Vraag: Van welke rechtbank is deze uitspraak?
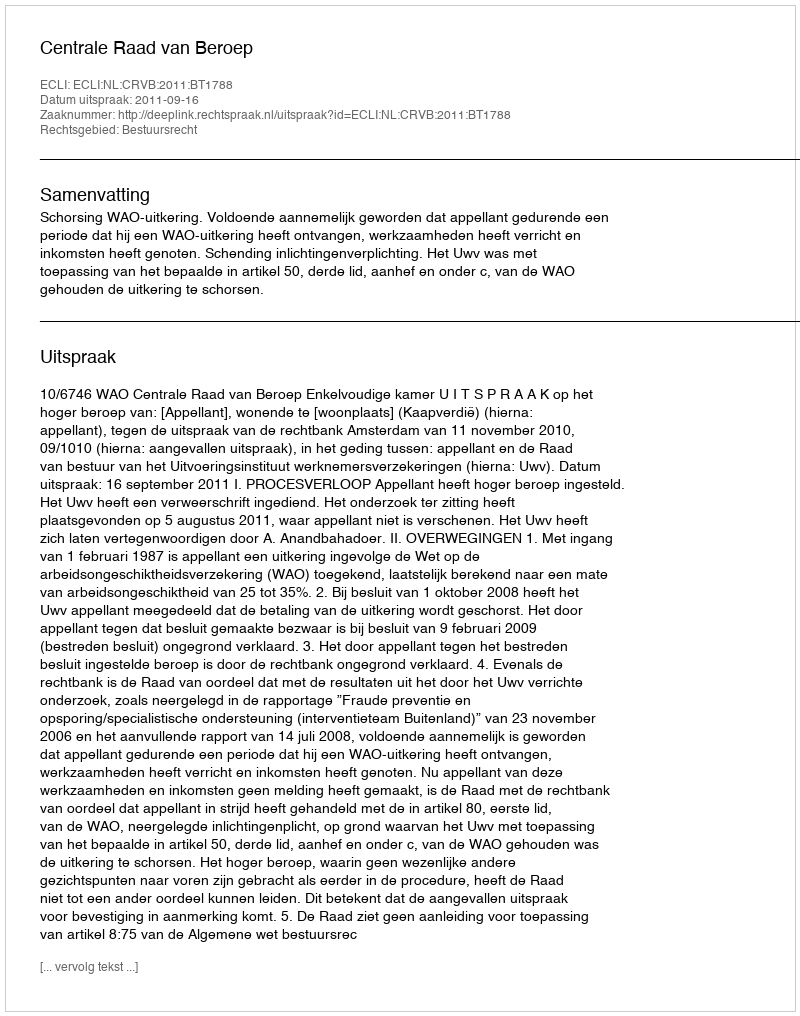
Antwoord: Centrale Raad van Beroep